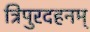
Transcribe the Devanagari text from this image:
त्रिपुरदहनम्